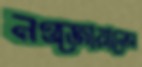
নওজোয়ানের